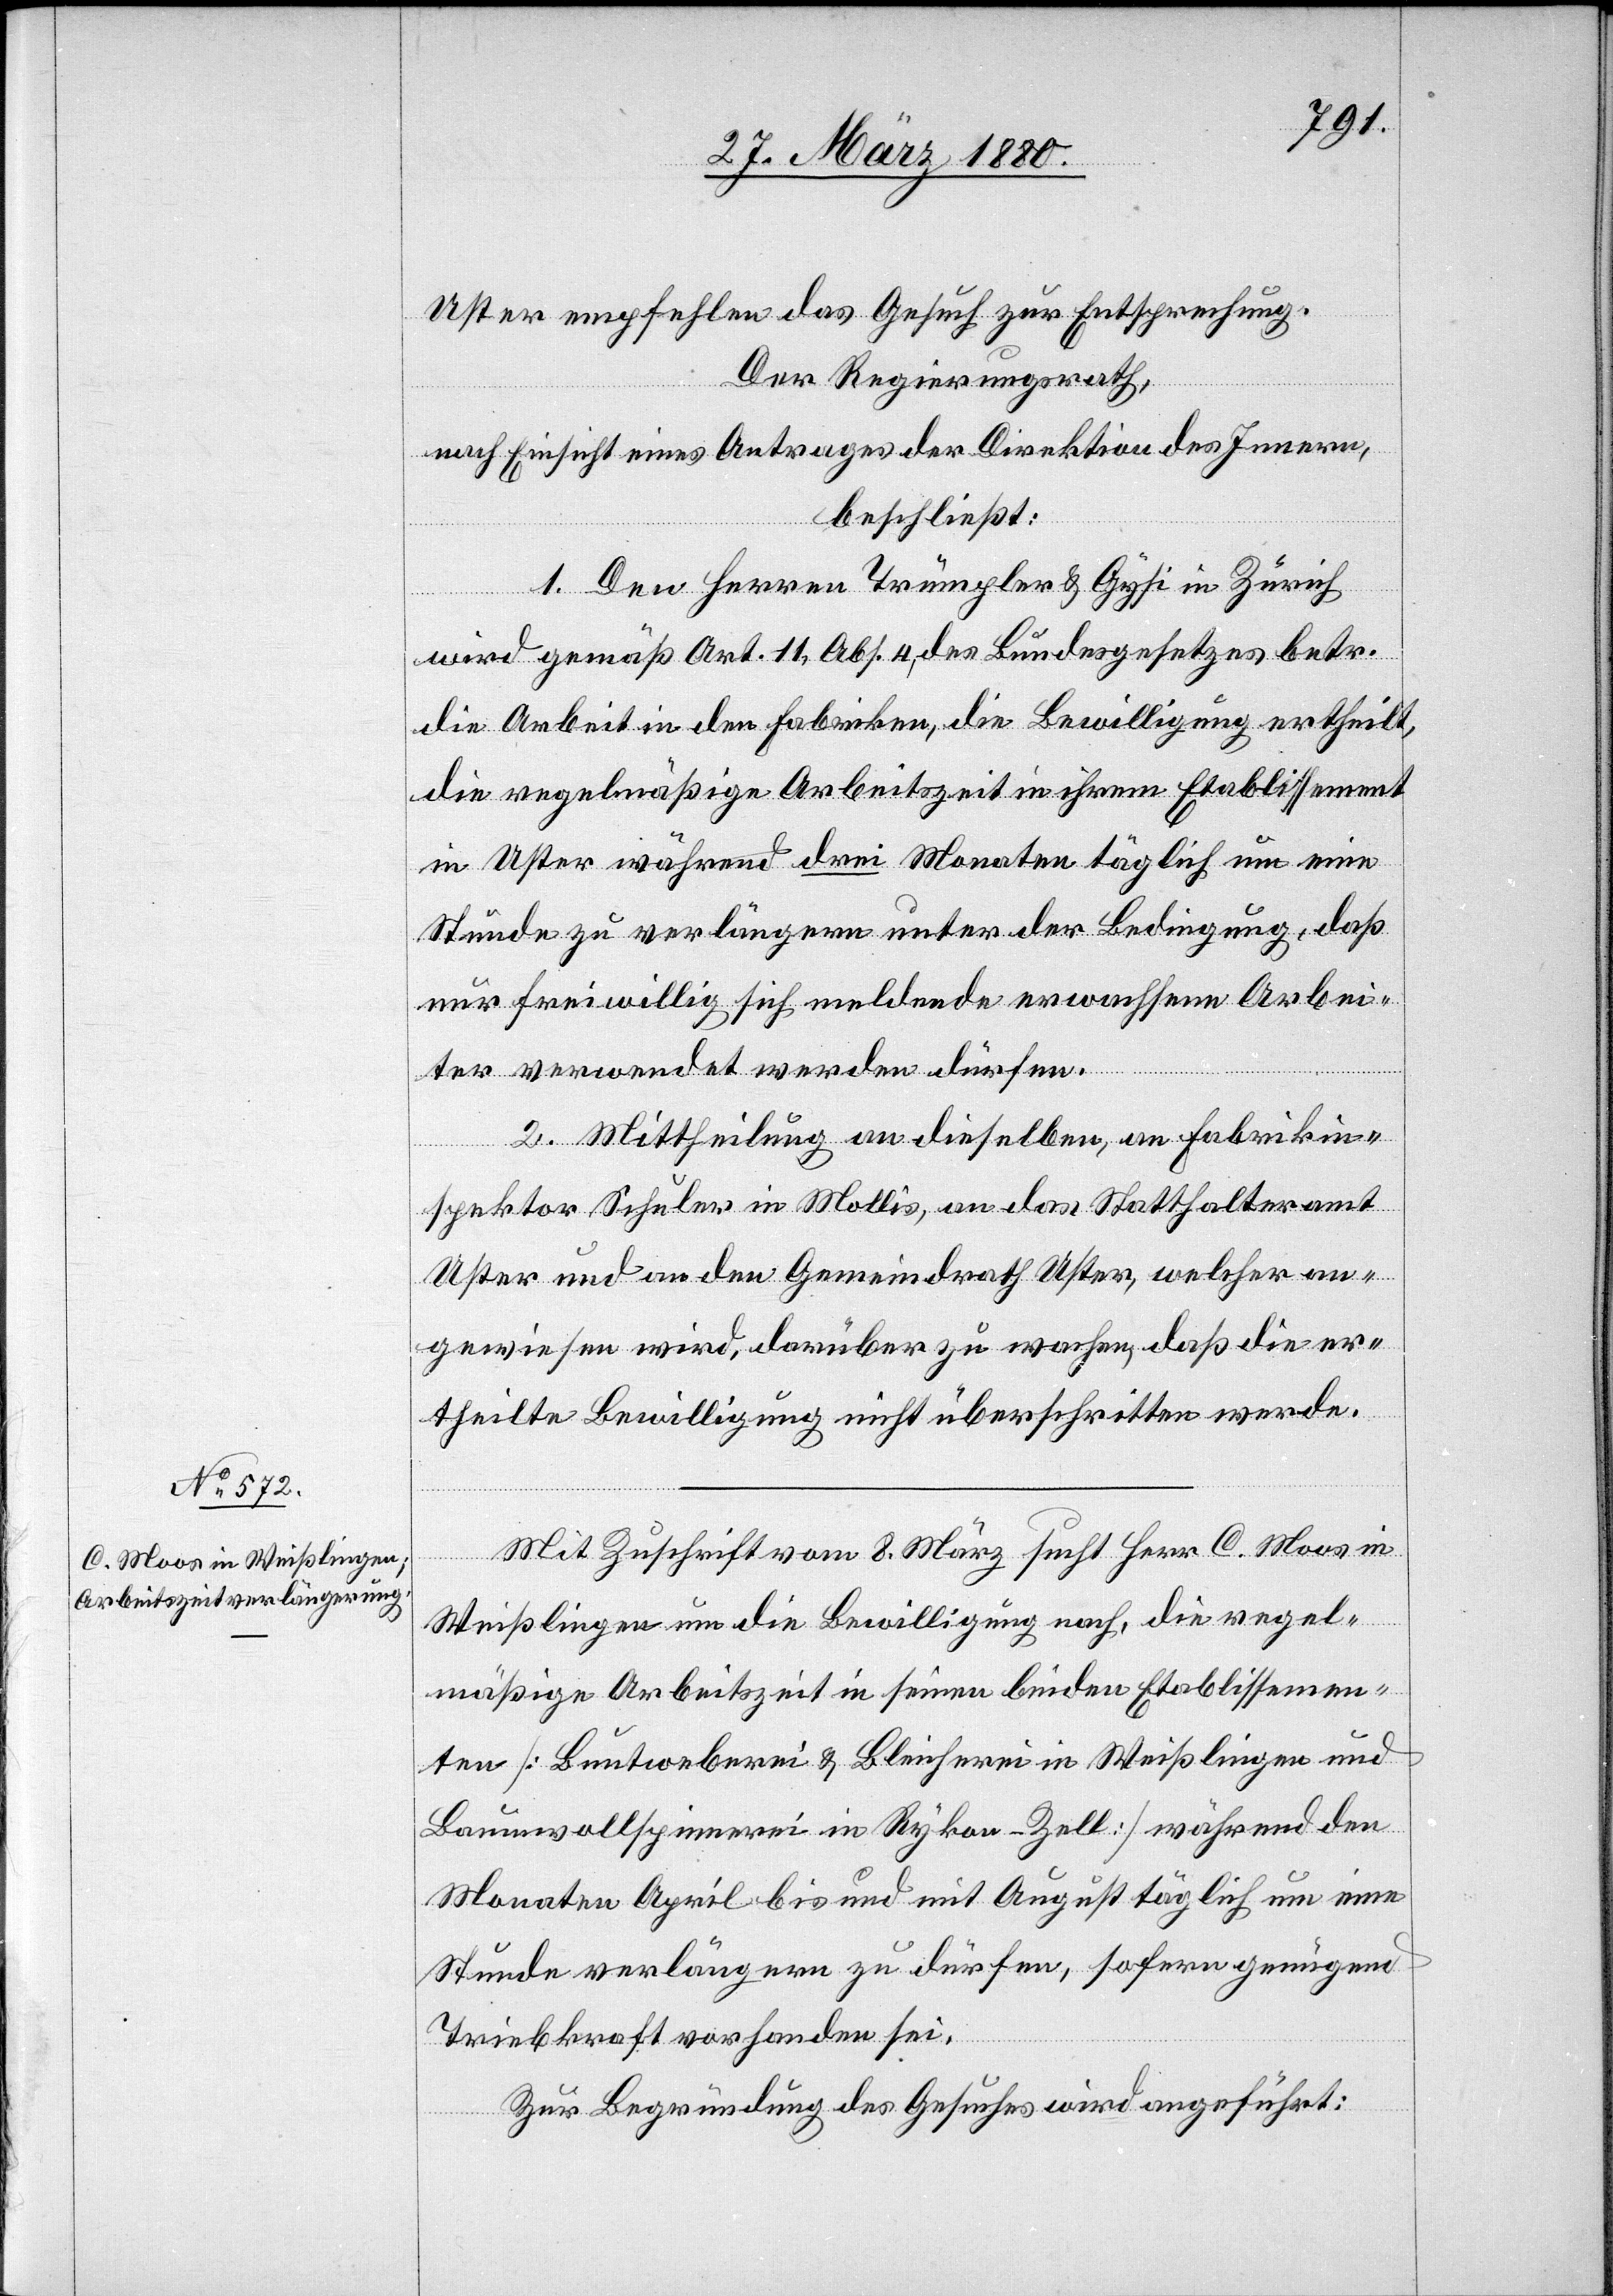
Uster empfehlen das Gesuch zur Entsprechung.
Der Regierungsrath,
nach Einsicht eines Antrages der Direktion des Innern,
beschließt:
1. Den Herren Trümpler & Gysi in Zürich
wird gemäß Art. 11, Abs. 4 des Bundesgesetzes betr.
die Arbeit in den Fabriken, die Bewilligung ertheilt,
die regelmäßige Arbeitszeit in ihrem Etablissement
in Uster während drei Monaten täglich um eine
Stunde zu verlängern unter der Bedingung, daß
nur freiwillig sich meldende erwachsene Arbei¬
ter verwendet werden dürfen.
2. Mittheilung an dieselben, an Fabrikin¬
spektor Schuler in Mollis, an das Statthalteramt
Uster und an den Gemeindrath Uster, welcher an¬
gewiesen wird, darüber zu wachen, daß die er¬
theilte Bewilligung nicht überschritten werde.
Mit Zuschrift vom 8. März sucht Herr C. Moos in
Weißlingen um die Bewilligung nach, die regel¬
mäßige Arbeitszeit in seinen beiden Etablissemen¬
ten [Buntweberei & Bleicherei Weißlingen und
Baumwollspinnerei in Rykon - Zell] während den
Monaten April bis und mit August täglich um eine
Stunde verlängern zu dürfen, sofern genügend
Triebkraft vorhanden sei.
Zur Begründung des Gesuches wird angeführt: